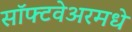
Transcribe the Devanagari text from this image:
सॉफ्टवेअरमधे